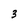
Character: 3